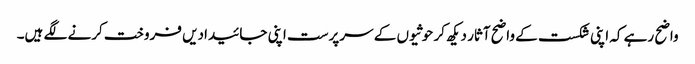
واضح رہے کہ اپنی شکست کے واضح آثار دیکھ کر حوثیوں کے سرپرست اپنی جائیدادیں فروخت کرنے لگے ہیں۔